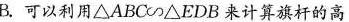
B.可以利用$$△ABC \sim △EDB$$来计算旗杆的高